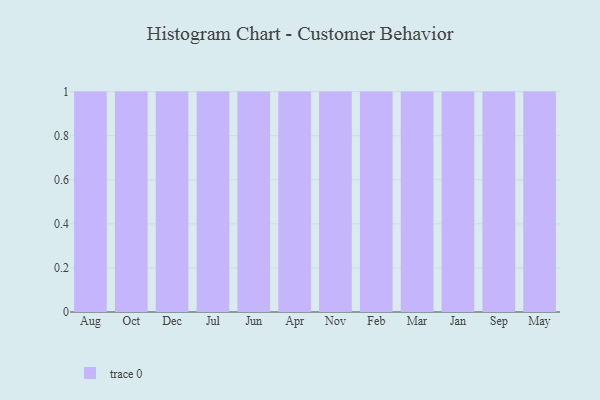
{"axis": {"x": "Month", "y": "Revenue (USD Million)"}, "legend": [""], "data": [{"x": "Aug", "y": 31, "type": ""}, {"x": "Oct", "y": 1, "type": ""}, {"x": "Dec", "y": 87, "type": ""}, {"x": "Jul", "y": 37, "type": ""}, {"x": "Jun", "y": 15, "type": ""}, {"x": "Apr", "y": 8, "type": ""}, {"x": "Nov", "y": 32, "type": ""}, {"x": "Feb", "y": 2, "type": ""}, {"x": "Mar", "y": 48, "type": ""}, {"x": "Jan", "y": 93, "type": ""}, {"x": "Sep", "y": 50, "type": ""}, {"x": "May", "y": 8, "type": ""}]}